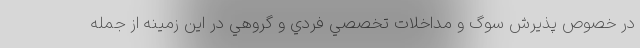
در خصوص پذیرش سوگ و مداخلات تخصصي فردي و گروهي در این زمینه از جمله